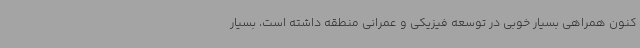
کنون همراهی بسیار خوبی در توسعه فیزیکی و عمرانی منطقه داشته است، بسیار